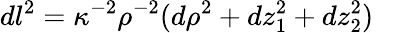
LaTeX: dl^{2}=\kappa^{-2}\rho^{-2}(d\rho^{2}+dz_{1}^{2}+dz_{2}^{2})~~~